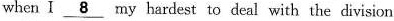
when I \underline{8} B. My hardeet to desl with the division